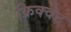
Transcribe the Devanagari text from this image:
क्रिक्वेट